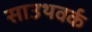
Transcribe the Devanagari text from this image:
साउथवर्क